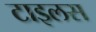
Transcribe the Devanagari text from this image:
टाइलस